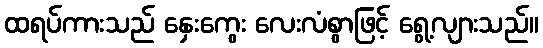
ထရပ်ကားသည် နှေးကွေး လေးလံစွာဖြင့် ရွေ့လျားသည်။